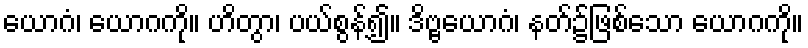
ယောဂံ၊ ယောဂကို။ ဟိတွာ၊ ပယ်စွန့်၍။ ဒိဗ္ဗယောဂံ၊ နတ်၌ဖြစ်သော ယောဂကို။